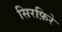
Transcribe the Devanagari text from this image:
सिरफ़िरे